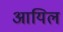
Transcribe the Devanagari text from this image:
आयिल